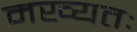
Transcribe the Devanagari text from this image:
मख्यतः